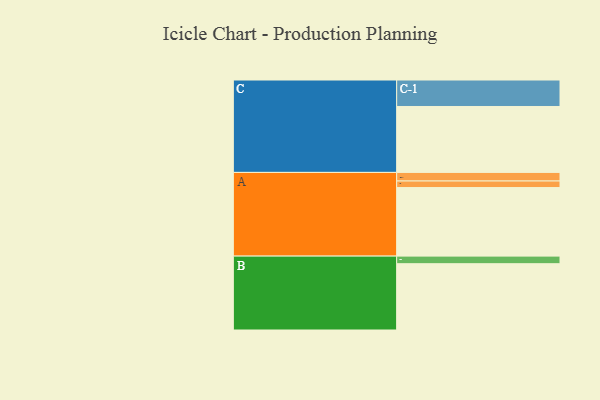
{"axis": {"x": "Segment", "y": "Value"}, "legend": ["", "A", "B", "C"], "data": [{"x": "A", "y": 551, "type": ""}, {"x": "B", "y": 533, "type": ""}, {"x": "C", "y": 530, "type": ""}, {"x": "A-1", "y": 69, "type": "A"}, {"x": "A-2", "y": 53, "type": "A"}, {"x": "B-1", "y": 61, "type": "B"}, {"x": "C-1", "y": 213, "type": "C"}]}